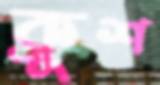
ক্রুশ